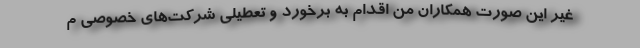
غیر این صورت همکاران من اقدام به برخورد و تعطیلی شرکت‌های خصوصی م